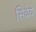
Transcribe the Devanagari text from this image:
सिवेये